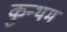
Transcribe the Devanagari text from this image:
कुन्थम